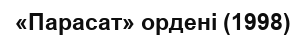
«Парасат» ордені (1998)